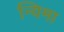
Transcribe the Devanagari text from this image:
न्यिमा